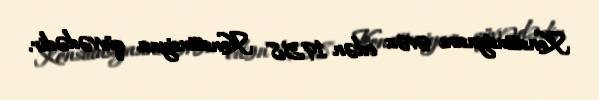
Konstitusiyasını əvəz edən 1958 Konstitusiyası qüvvədədir.